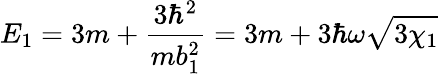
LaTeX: E_{1}=3m+\frac{3\hbar^{2}}{mb_{1}^{2}}=3m+3\hbar\omega\sqrt{3\chi_{1}}